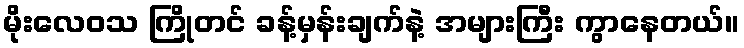
မိုးလေဝသ ကြိုတင် ခန့်မှန်းချက်နဲ့ အများကြီး ကွာနေတယ်။